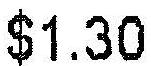
$1.30